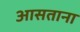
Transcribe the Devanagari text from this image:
आसताना